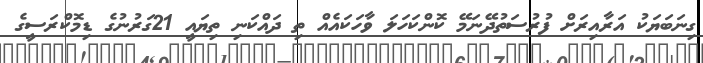
ގިނަބަޔަކު އަރާއިރަށް ފުރުސަތުދޭނަމޭ ކޮންކަހަލަ ވާހަކައެއް ތި ދައްކަނި ތިޔައީ 21ގަރުނުގެ ޑިމޮކްރަސީގެ